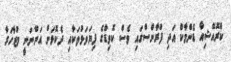
ކްރޮއޭޝިއާ ޑެންމާކް އަދި ފްރާންސްގައި ވެސް ކޮވިޑްގެ ފިޔަވަޅުތަކާއި ދެކޮޅަށް އަންނަނީ މުޒާހަރާ